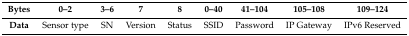
| Bytes | 0–2 | 3–6 | 7 | 8 | 0–40 | 41–104 | 105–108 | 109–124 |
 | --- | --- | --- | --- | --- | --- | --- | --- | --- |
 | Data | Sensor type | SN | Version | Status | SSID | Password | IP Gateway | IPv6 Reserved |